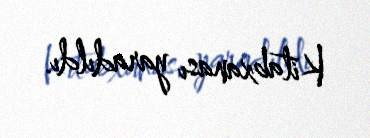
Kitabxanası yaradıldı.